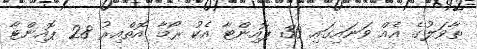
ތާވަލުގެ އެއް ވަނައިގައި 30 ޕޮއިންޓާ އެކު ރޯމާ އޮތްއިރު 28 ޕޮއިންޓާ